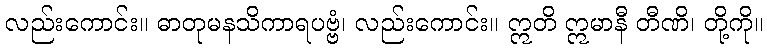
လည်းကောင်း။ ဓာတုမနသိကာရပဗ္ဗံ၊ လည်းကောင်း။ ဣတိ ဣမာနီ တီဏိ၊ တို့ကို။